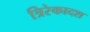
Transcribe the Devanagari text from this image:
त्रिरेकादश